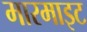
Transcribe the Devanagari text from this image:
मारमाइट